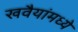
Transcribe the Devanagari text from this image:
खवैयांमध्ये